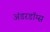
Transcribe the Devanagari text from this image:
अंडरडॉग्स